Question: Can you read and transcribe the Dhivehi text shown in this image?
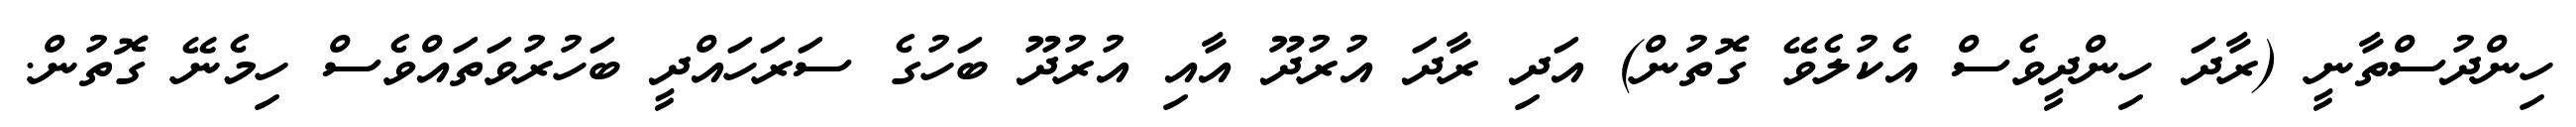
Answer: ހިންދުސްތާނީ (ރާދަ ހިންދީވެސް އެކުލެވޭ ގޮތުން) އަދި ރާދަ އުރުދޫ އާއި އުރުދޫ ބަހުގެ ސަރަހައްދީ ބަހުރުވަތައްވެސް ހިމެނޭ ގޮތުން.